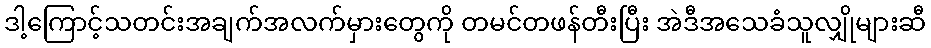
ဒါ့ကြောင့်သတင်းအချက်အလက်မှားတွေကို တမင်တဖန်တီးပြီး အဲဒီအသေခံသူလျှိုများဆီ